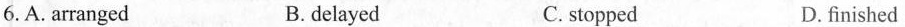
6.A. arranged B. delayed C. stopped D. finished